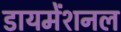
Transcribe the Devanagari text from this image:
डायमेंशनल